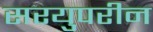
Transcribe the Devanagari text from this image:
सरयुपरीन